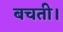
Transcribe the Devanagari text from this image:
बचती।